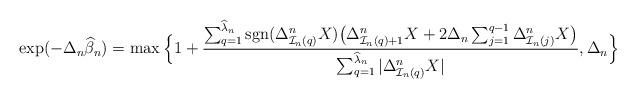
LaTeX: \begin{align*} \exp(-\Delta_n\widehat \beta_n) = \max\Big\{1+\frac{\sum_{q = 1}^{\widehat{\lambda}_n}\mathrm{\mathrm{sgn}}(\Delta^n_{\mathcal{I}_n(q)} X) \big(\Delta^n_{\mathcal{I}_n(q)+1} X + 2\Delta_n\sum_{j=1}^{q-1} \Delta^n_{\mathcal{I}_n(j)} X\big)}{\sum_{q = 1}^{\widehat{\lambda}_n} |\Delta^n_{\mathcal{I}_n(q)} X|}, \Delta_n\Big\}\end{align*}